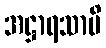
အဋ္ဌာရသာပိ